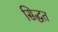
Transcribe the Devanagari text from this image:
सिद्धत